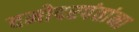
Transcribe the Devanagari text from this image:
दमोदरपंतांना